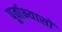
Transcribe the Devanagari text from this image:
पूर्वाभ्यासों